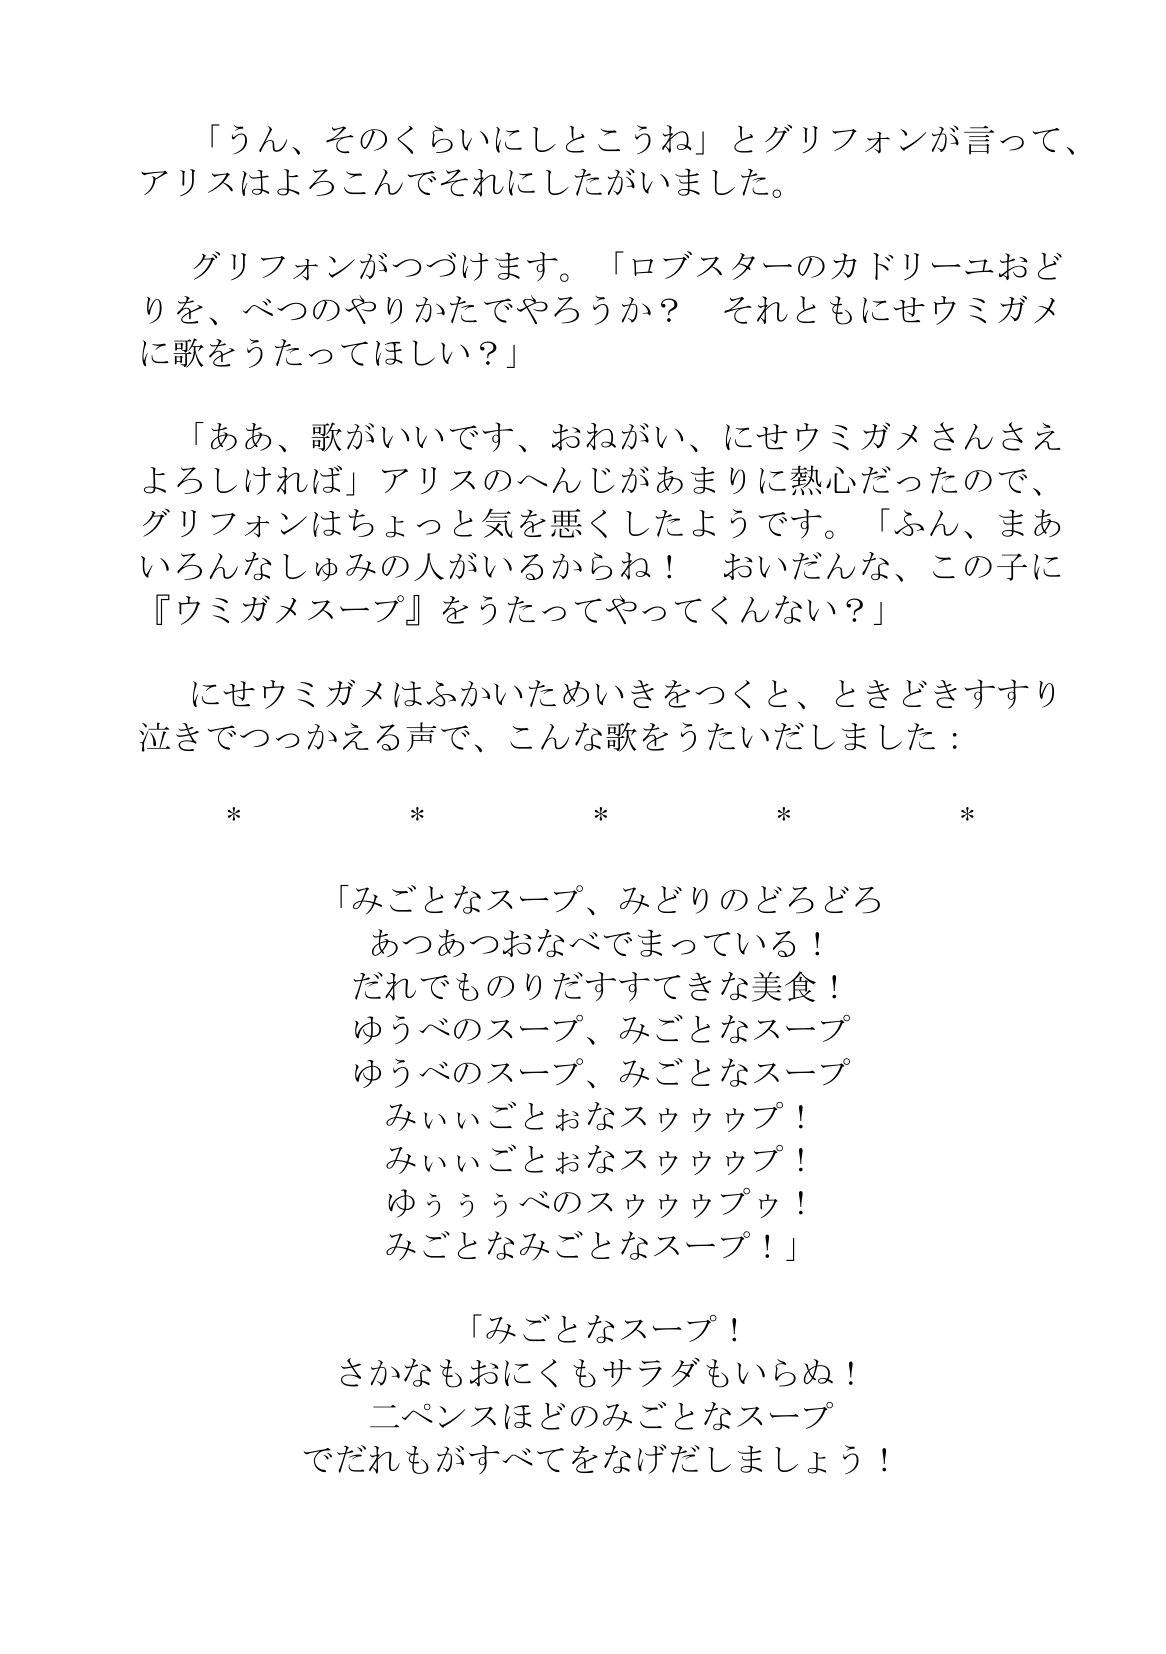
Language: ja